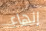
إنهاء